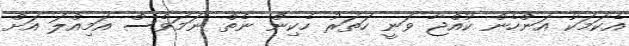
އެކަމަކު އަންހެން ކުއްޖާ ވަނީ ހަތަރު ހެކިން ނެތް ނަމަވެސް އަމިއްލަ އަށް